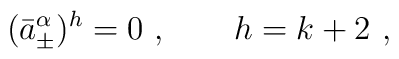
(\bar a^{\alpha}_{\pm} )^h=0\ ,\qquad h=k+2\ ,